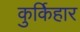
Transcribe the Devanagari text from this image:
कुर्किहार